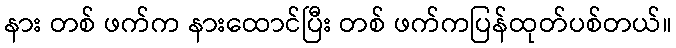
နား တစ် ဖက်က နားထောင်ပြီး တစ် ဖက်ကပြန်ထုတ်ပစ်တယ်။